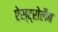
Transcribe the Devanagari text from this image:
ऐस्ट्रोलैब